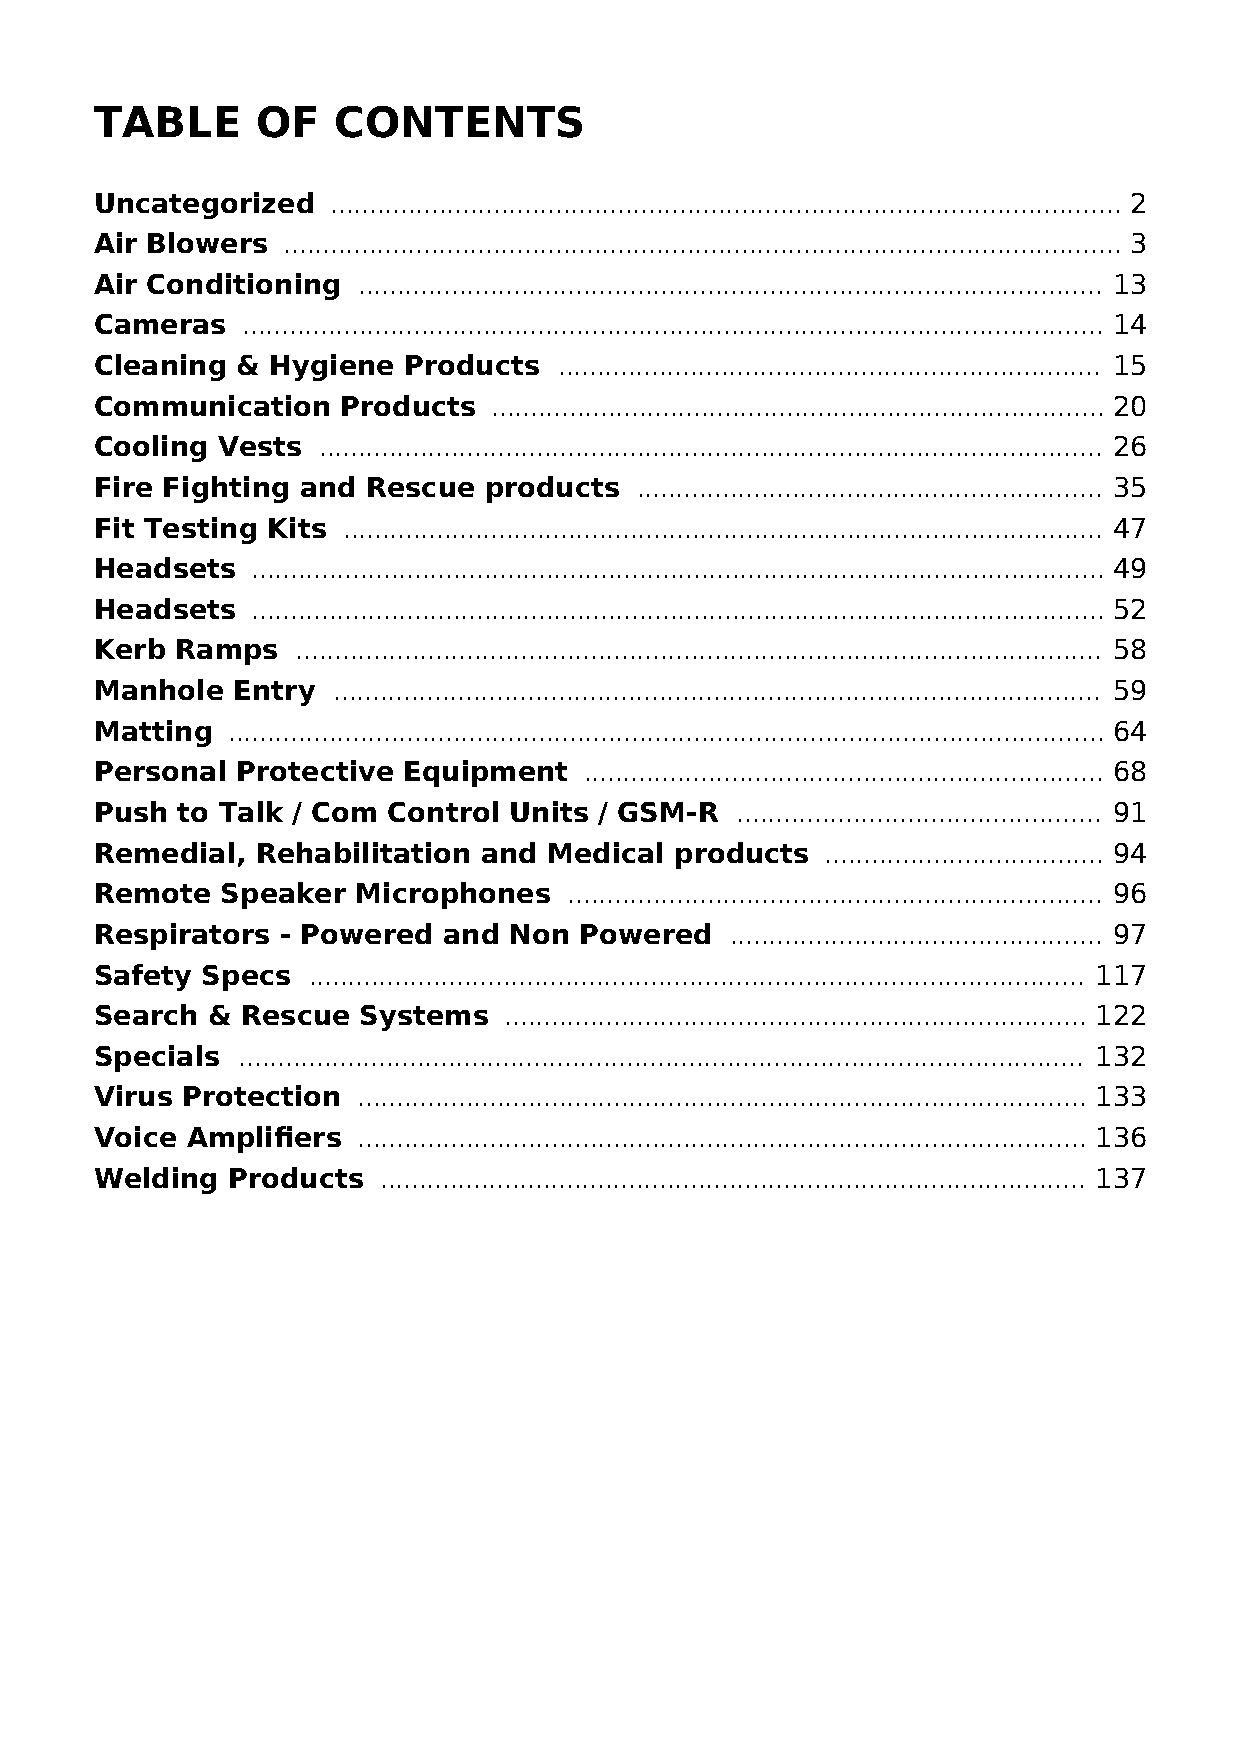
TABLE      OF   CONTENTS
 Uncategorized   ...................................................................................................... 2
 Air Blowers  ............................................................................................................ 3
 Air Conditioning  ................................................................................................ 13
 Cameras   ............................................................................................................... 14
 Cleaning  & Hygiene  Products  ...................................................................... 15
 Communication    Products  ............................................................................... 20
 Cooling Vests  ..................................................................................................... 26
 Fire Fighting and Rescue  products  ............................................................ 35
 Fit Testing Kits .................................................................................................. 47
 Headsets   .............................................................................................................. 49
 Headsets   .............................................................................................................. 52
 Kerb  Ramps   ........................................................................................................ 58
 Manhole  Entry  ................................................................................................... 59
 Matting  ................................................................................................................. 64
 Personal  Protective Equipment   ................................................................... 68
 Push  to Talk / Com Control Units / GSM-R  ............................................... 91
 Remedial,  Rehabilitation and Medical  products  .................................... 94
 Remote   Speaker  Microphones   ..................................................................... 96
 Respirators  - Powered and  Non Powered   ................................................ 97
 Safety Specs  .................................................................................................... 117
 Search  & Rescue  Systems  ........................................................................... 122
 Specials  ............................................................................................................. 132
 Virus Protection  .............................................................................................. 133
 Voice Amplifiers  .............................................................................................. 136
 Welding  Products  ........................................................................................... 137